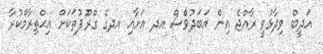
އަދީބް ވިދާޅުވީ ރާއްޖެ އިން އަބަދުވްެސް އދ އަށާއި އދގެ ގްރޫޕުތަކަށް އިޙްތިރާމްކުރާ